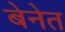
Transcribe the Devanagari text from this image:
बेनेत